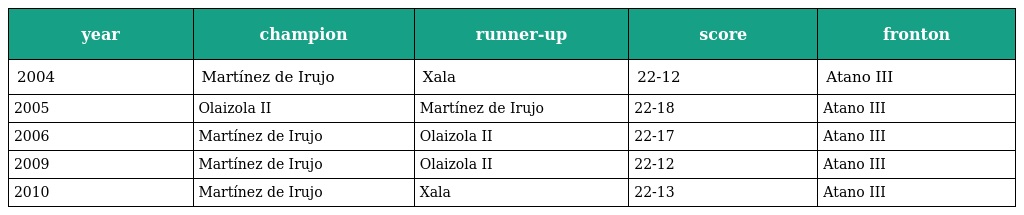
| year | champion | runner-up | score | fronton |
 | --- | --- | --- | --- | --- |
 | 2004 | Martínez de Irujo | Xala | 22-12 | Atano III |
 | 2005 | Olaizola II | Martínez de Irujo | 22-18 | Atano III |
 | 2006 | Martínez de Irujo | Olaizola II | 22-17 | Atano III |
 | 2009 | Martínez de Irujo | Olaizola II | 22-12 | Atano III |
 | 2010 | Martínez de Irujo | Xala | 22-13 | Atano III |